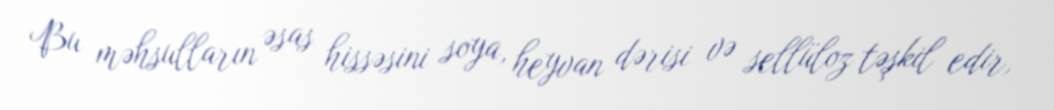
Bu məhsulların əsas hissəsini soya, heyvan dərisi və sellüloz təşkil edir,